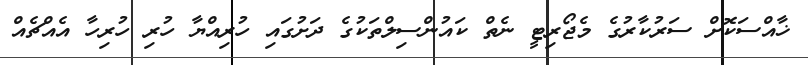
ޚާއްސަކޮށް ސަރުކާރުގެ މެޖޯރިޓީ ނެތް ކައުންސިލްތަކުގެ ދަށުގައި ހުރިއްޔާ ހުރި ހުރިހާ އެއްޗެއް